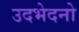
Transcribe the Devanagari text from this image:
उदभेदनो